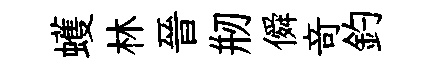
蠖林晉剏僢竒釣